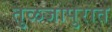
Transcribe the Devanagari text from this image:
तुळजापुरात